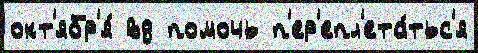
окт'ябр'я́ вд помочь п'ер'епл'ета́тьс'я